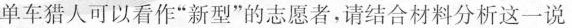
6.单车猎人可以看作“新型”的志愿者，请结合材料分析这一说